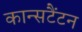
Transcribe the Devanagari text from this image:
कान्सटैंटन